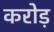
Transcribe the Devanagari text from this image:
करोड़